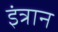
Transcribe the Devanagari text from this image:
इंत्रान